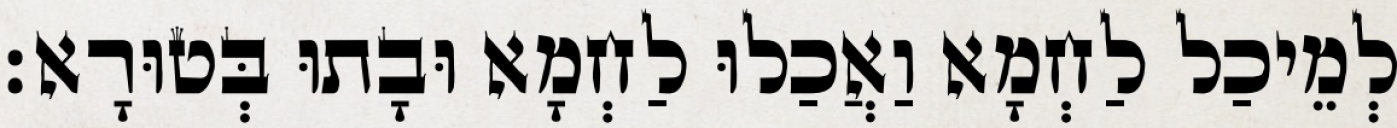
לְמֵיכַל לַחְמָא וַאֲכַלוּ לַחְמָא וּבָתוּ בְּטוּרָא׃